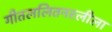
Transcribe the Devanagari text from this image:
गीतललितनरलीला